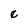
Character: e